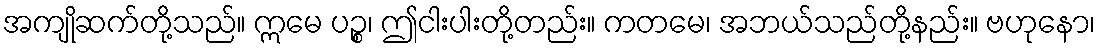
အကျိုဆက်တို့သည်။ ဣမေ ပဉ္စ၊ ဤငါးပါးတို့တည်း။ ကတမေ၊ အဘယ်သည်တို့နည်း။ ဗဟုနော၊